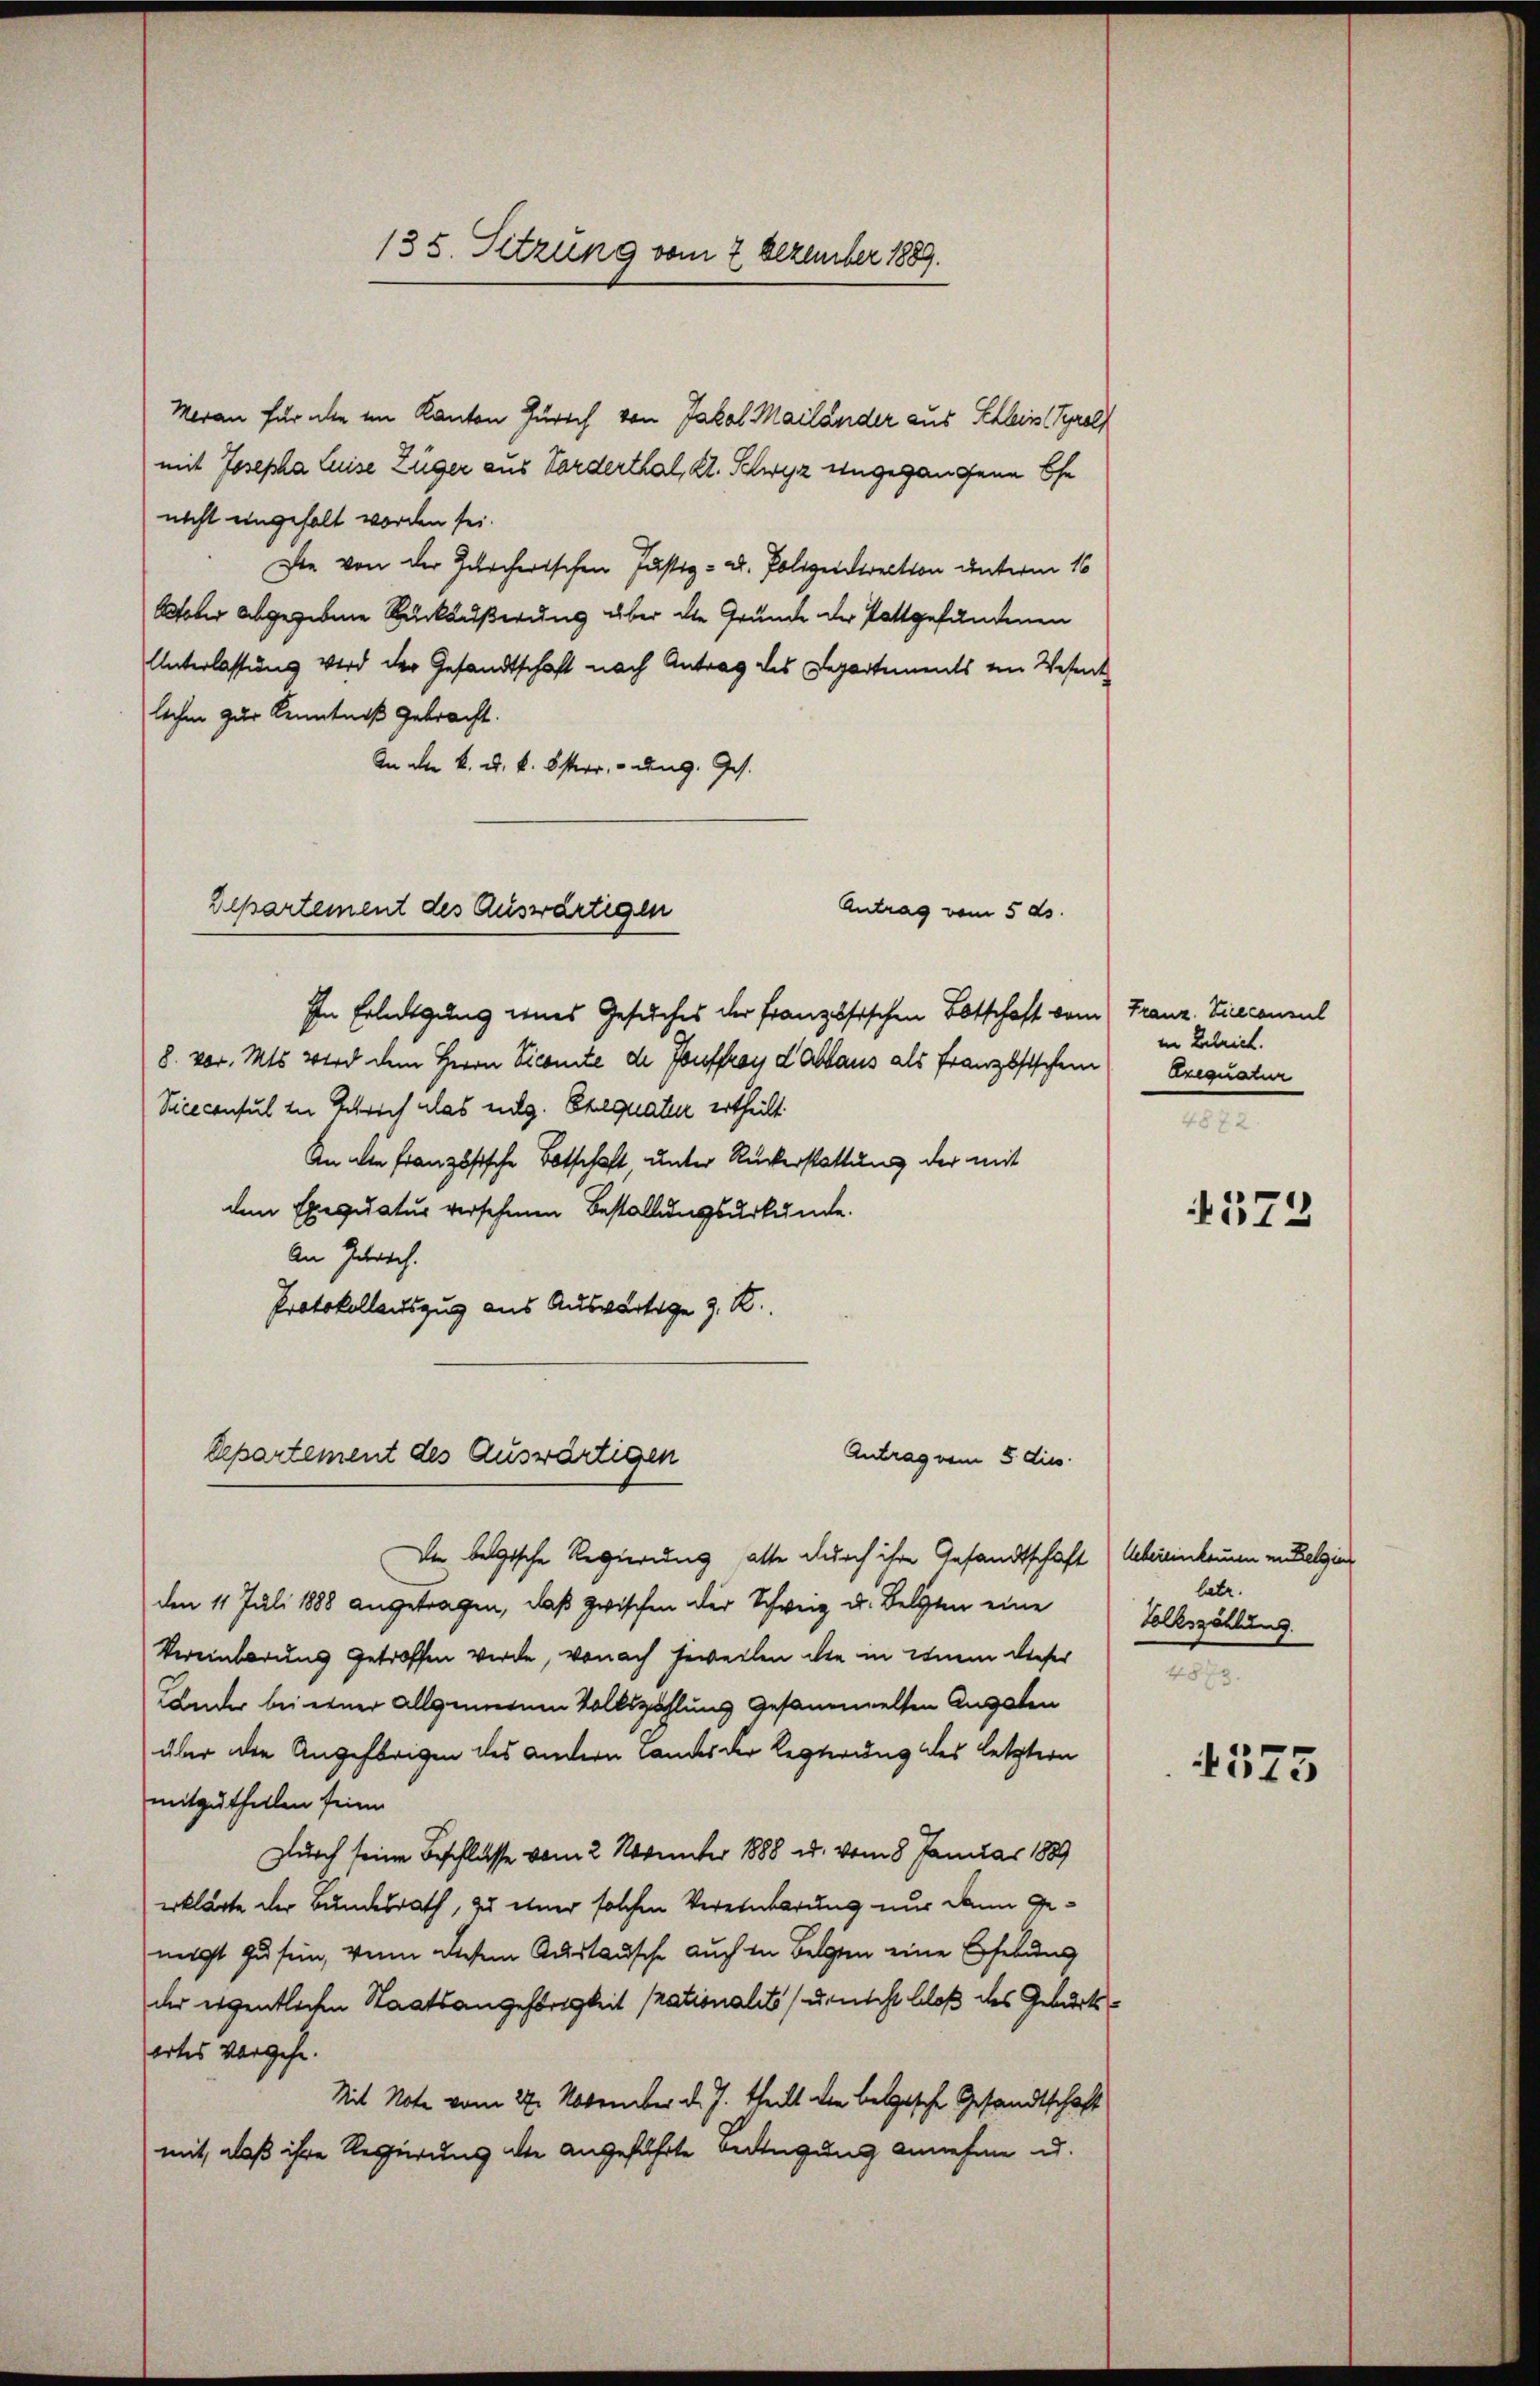
Meran für die im Kanton Zürich von Jakob Mailander aus Schlein Tyroll
mit Josepha Luise Züger aus Vorderthal, Kt. Schwyz eingegangene Ehe
nicht eingehalt worden sei.
Die von der Zürcherischen Justiz- u. Polizeidirection unterm 16
October abgegebene Rückäußerung über die Grunde der stattgefundenen
Unterlassung wird der Gesandtschaft nach Antrag des Departements im Wesent
lechen zur Kenntniß gebracht.
An aller k. k. k. österr. ung. Ich

Antrag vom 5. ds.
Bepartement des Auswärtigen

Eepartement des Auswärtigen

135. Sitzung vom 2. Dezember 1889.

In Erledigung eines Gesuches der Französischen Botschaft von
8. vor. Mts wird dem Herrn Vicomite de Souffray d. Ablaus als Französischein
Viceconsul in Gerich alas eidg. Exequatur ertheilt.
An die Französische Botschaft unter Rückerstattung der mit
dem Exequatur versehenen Bestallungsurkunde.
An Gebrach.
Protokollauszug aus Auswärtige z. R.

Antrag vom 5. dies
Da belgische Regierung hatte durch ihre Gesandtschaft) Uebereinkommen in Belzins
den 11. Juli 1888 angetragen, daß zwischen der Schweiz u. Belgten eine Volkszählung
Vereinbarung getroffen werde, von ach jeweilen die in einem dieser
Lander bei einer allgemeinen Volkszahlung gesammelten Augsten
über den Angehörigen des andern Landes der legterung des letztern
mitgethellen seien.
Durch seine Beschlüsse vom 2. Neunter 1888 u. vom 8 Januar 1889
erklärte der Bundesrath, zu einer solchen Vereinbarung nur dann Genigst zu sein, wenn diesem Austausche auch in Belgen eine Erhebung
der eigentlichen Staatsangehörigkeit rationalité, unscht bloß des Geburtsortes vorgehe.
Mit Note vom 22. November d. J. theilt die belgische Gesandtschaft
mit, daß ihre Regierung die angeführte Beifügung annehme u.

) Franz. Viceconsul
in Betrict.
Urequatur

373

lebe.
4873.

175